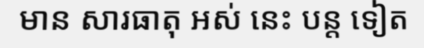
មាន សារធាតុ អស់ នេះ បន្ត ទៀត